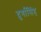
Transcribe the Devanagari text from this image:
दुर्गासिंह